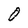
Character: O